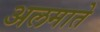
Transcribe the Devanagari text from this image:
अलमाते